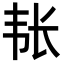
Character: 𮧴